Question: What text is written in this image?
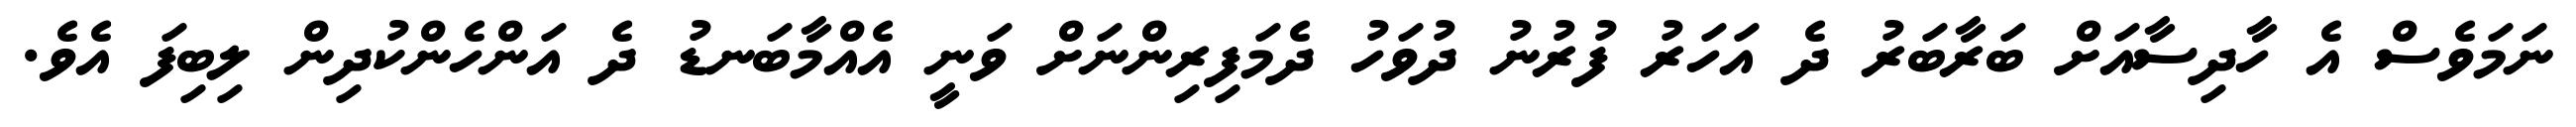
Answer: ނަމަވެސް އެ ހާދިސާއަށް ބަރާބަރު ދެ އަހަރު ފުރުނު ދުވަހު ދެމަފިރިންނަށް ވަނީ އެއްމާބަނޑު ދެ އަންހެންކުދިން ލިބިފަ އެވެ.